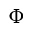
\Phi